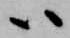
ハ